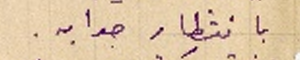
بانتظار جوابه.